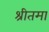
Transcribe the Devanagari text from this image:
श्रीतमा